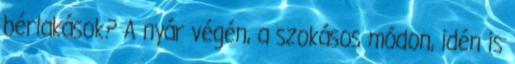
bérlakások? A nyár végén, a szokásos módon, idén is